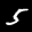
Label: 5